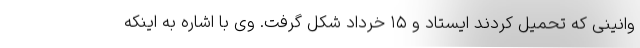
وانینی که تحمیل کردند ایستاد و ۱۵ خرداد شکل گرفت. وی با اشاره به اینکه